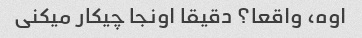
اوه، واقعا؟ دقیقا اونجا چیکار میکنی